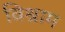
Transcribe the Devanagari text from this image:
विश्राम